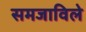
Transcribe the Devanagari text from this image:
समजाविले